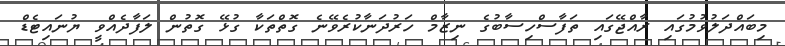
މިބައްދަލުވުމުގައި ރާއްޖޭގައި ތަފާސްހިސާބުގެ ނިޒާމް ހަރުދަނާކުރެވޭނެ ގޮތްތަކާ ގުޅޭ ގޮތުން ލަފާދެއްވީ ޔުނައިޓެޑް